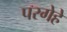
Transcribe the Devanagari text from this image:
परगेहे